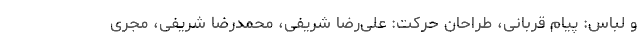
و لباس: پیام قربانی، طراحان حرکت: علی‌رضا شریفی، محمدرضا ‌شریفی، مجری